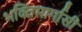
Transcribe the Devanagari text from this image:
भक्तिमार्गासी